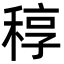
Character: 稕